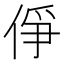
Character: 鿇